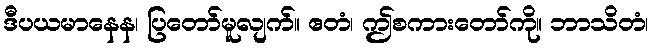
ဒီပယမာနေန၊ ပြတော်မူလျက်။ ဧတံ၊ ဤစကားတော်ကို။ ဘာသိတံ၊